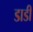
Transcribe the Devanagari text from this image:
डाडी